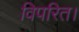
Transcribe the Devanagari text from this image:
विपरित।